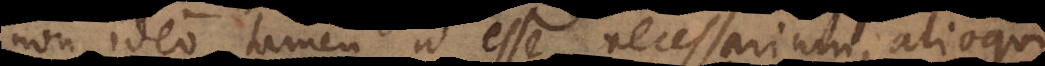
non ideo tamen id esse necessarium, alioqui